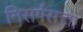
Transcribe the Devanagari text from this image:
निसर्गसत्ता